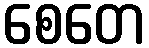
စေတေ